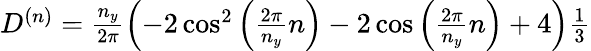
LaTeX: \begin{array}{r}{D^{(n)}=\frac{n_{y}}{2\pi}\left(-2\cos^{2}\left(\frac{2\pi}{n_{y}}n\right)-2\cos\left(\frac{2\pi}{n_{y}}n\right)+4\right)\frac{1}{3}}\end{array}